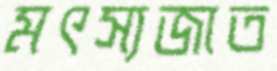
মৎস্যজাত